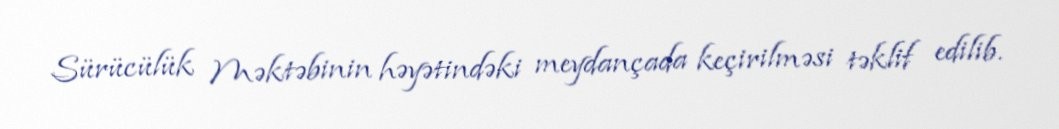
Sürücülük Məktəbinin həyətindəki meydançada keçirilməsi təklif edilib.